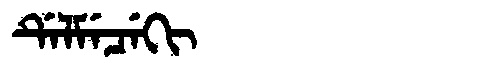
Manchu: ᡩᡝᠯᠮᡝᠴᡝᡴᡳ
Romanization: DELMECEKI